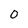
Character: 0